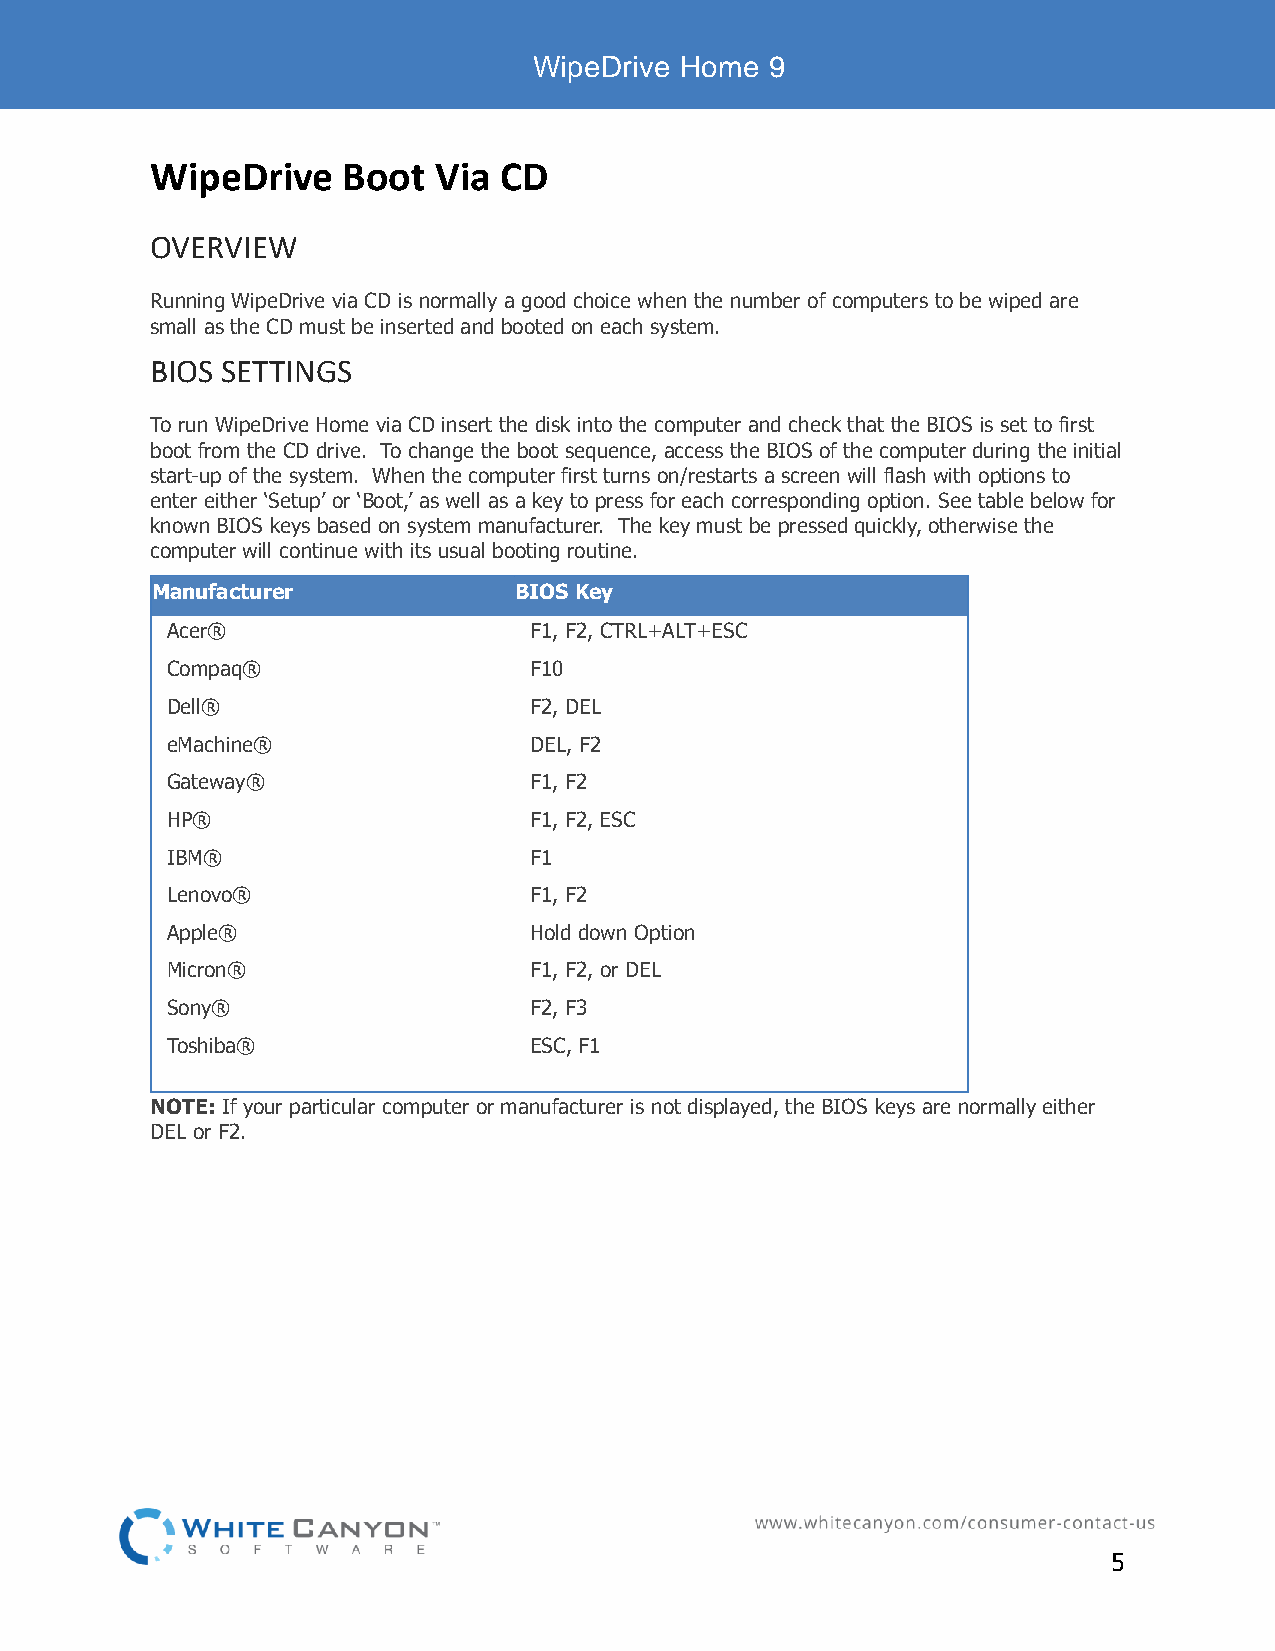
WipeDrive Home  9
 WipeDrive    Boot  Via CD
 OVERVIEW
 Running WipeDrive via CD is normally a good choice when the number of computers to be wiped are
 small as the CD must be inserted and booted on each system.
 BIOS SETTINGS
 To run WipeDrive Home via CD insert the disk into the computer and check that the BIOS is set to first
 boot from the CD drive. To change the boot sequence, access the BIOS of the computer during the initial
 start-up of the system. When the computer first turns on/restarts a screen will flash with options to
 enter either ‘Setup’ or ‘Boot,’ as well as a key to press for each corresponding option. See table below for
 known BIOS keys based on system manufacturer. The key must be pressed quickly, otherwise the
 computer will continue with its usual booting routine.
 Manufacturer            BIOS Key
 Acer®                   F1, F2, CTRL+ALT+ESC
 Compaq®                 F10
 Dell®                   F2, DEL
 eMachine®               DEL, F2
 Gateway®                F1, F2
 HP®                     F1, F2, ESC
 IBM®                    F1
 Lenovo®                 F1, F2
 Apple®                  Hold down Option
 Micron®                 F1, F2, or DEL
 Sony®                   F2, F3
 Toshiba®                ESC, F1
 NOTE: If your particular computer or manufacturer is not displayed, the BIOS keys are normally either
 DEL or F2.
 5